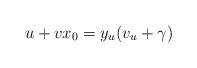
LaTeX: \begin{align*}u+vx_0=y_u(v_u+\gamma)\end{align*}